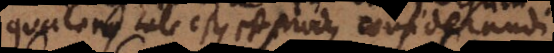
quatenus tale est, et modus considerandi,